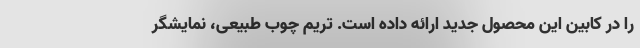
را در کابین این محصول جدید ارائه داده است. تریم چوب طبیعی، نمایشگر